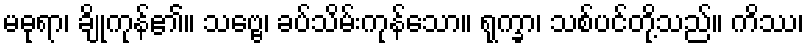
မဓုရာ၊ ချိုကုန်၏။ သဗ္ဗေ၊ ခပ်သိမ်းကုန်သော။ ရုက္ခာ၊ သစ်ပင်တို့သည်။ ကိဿ၊